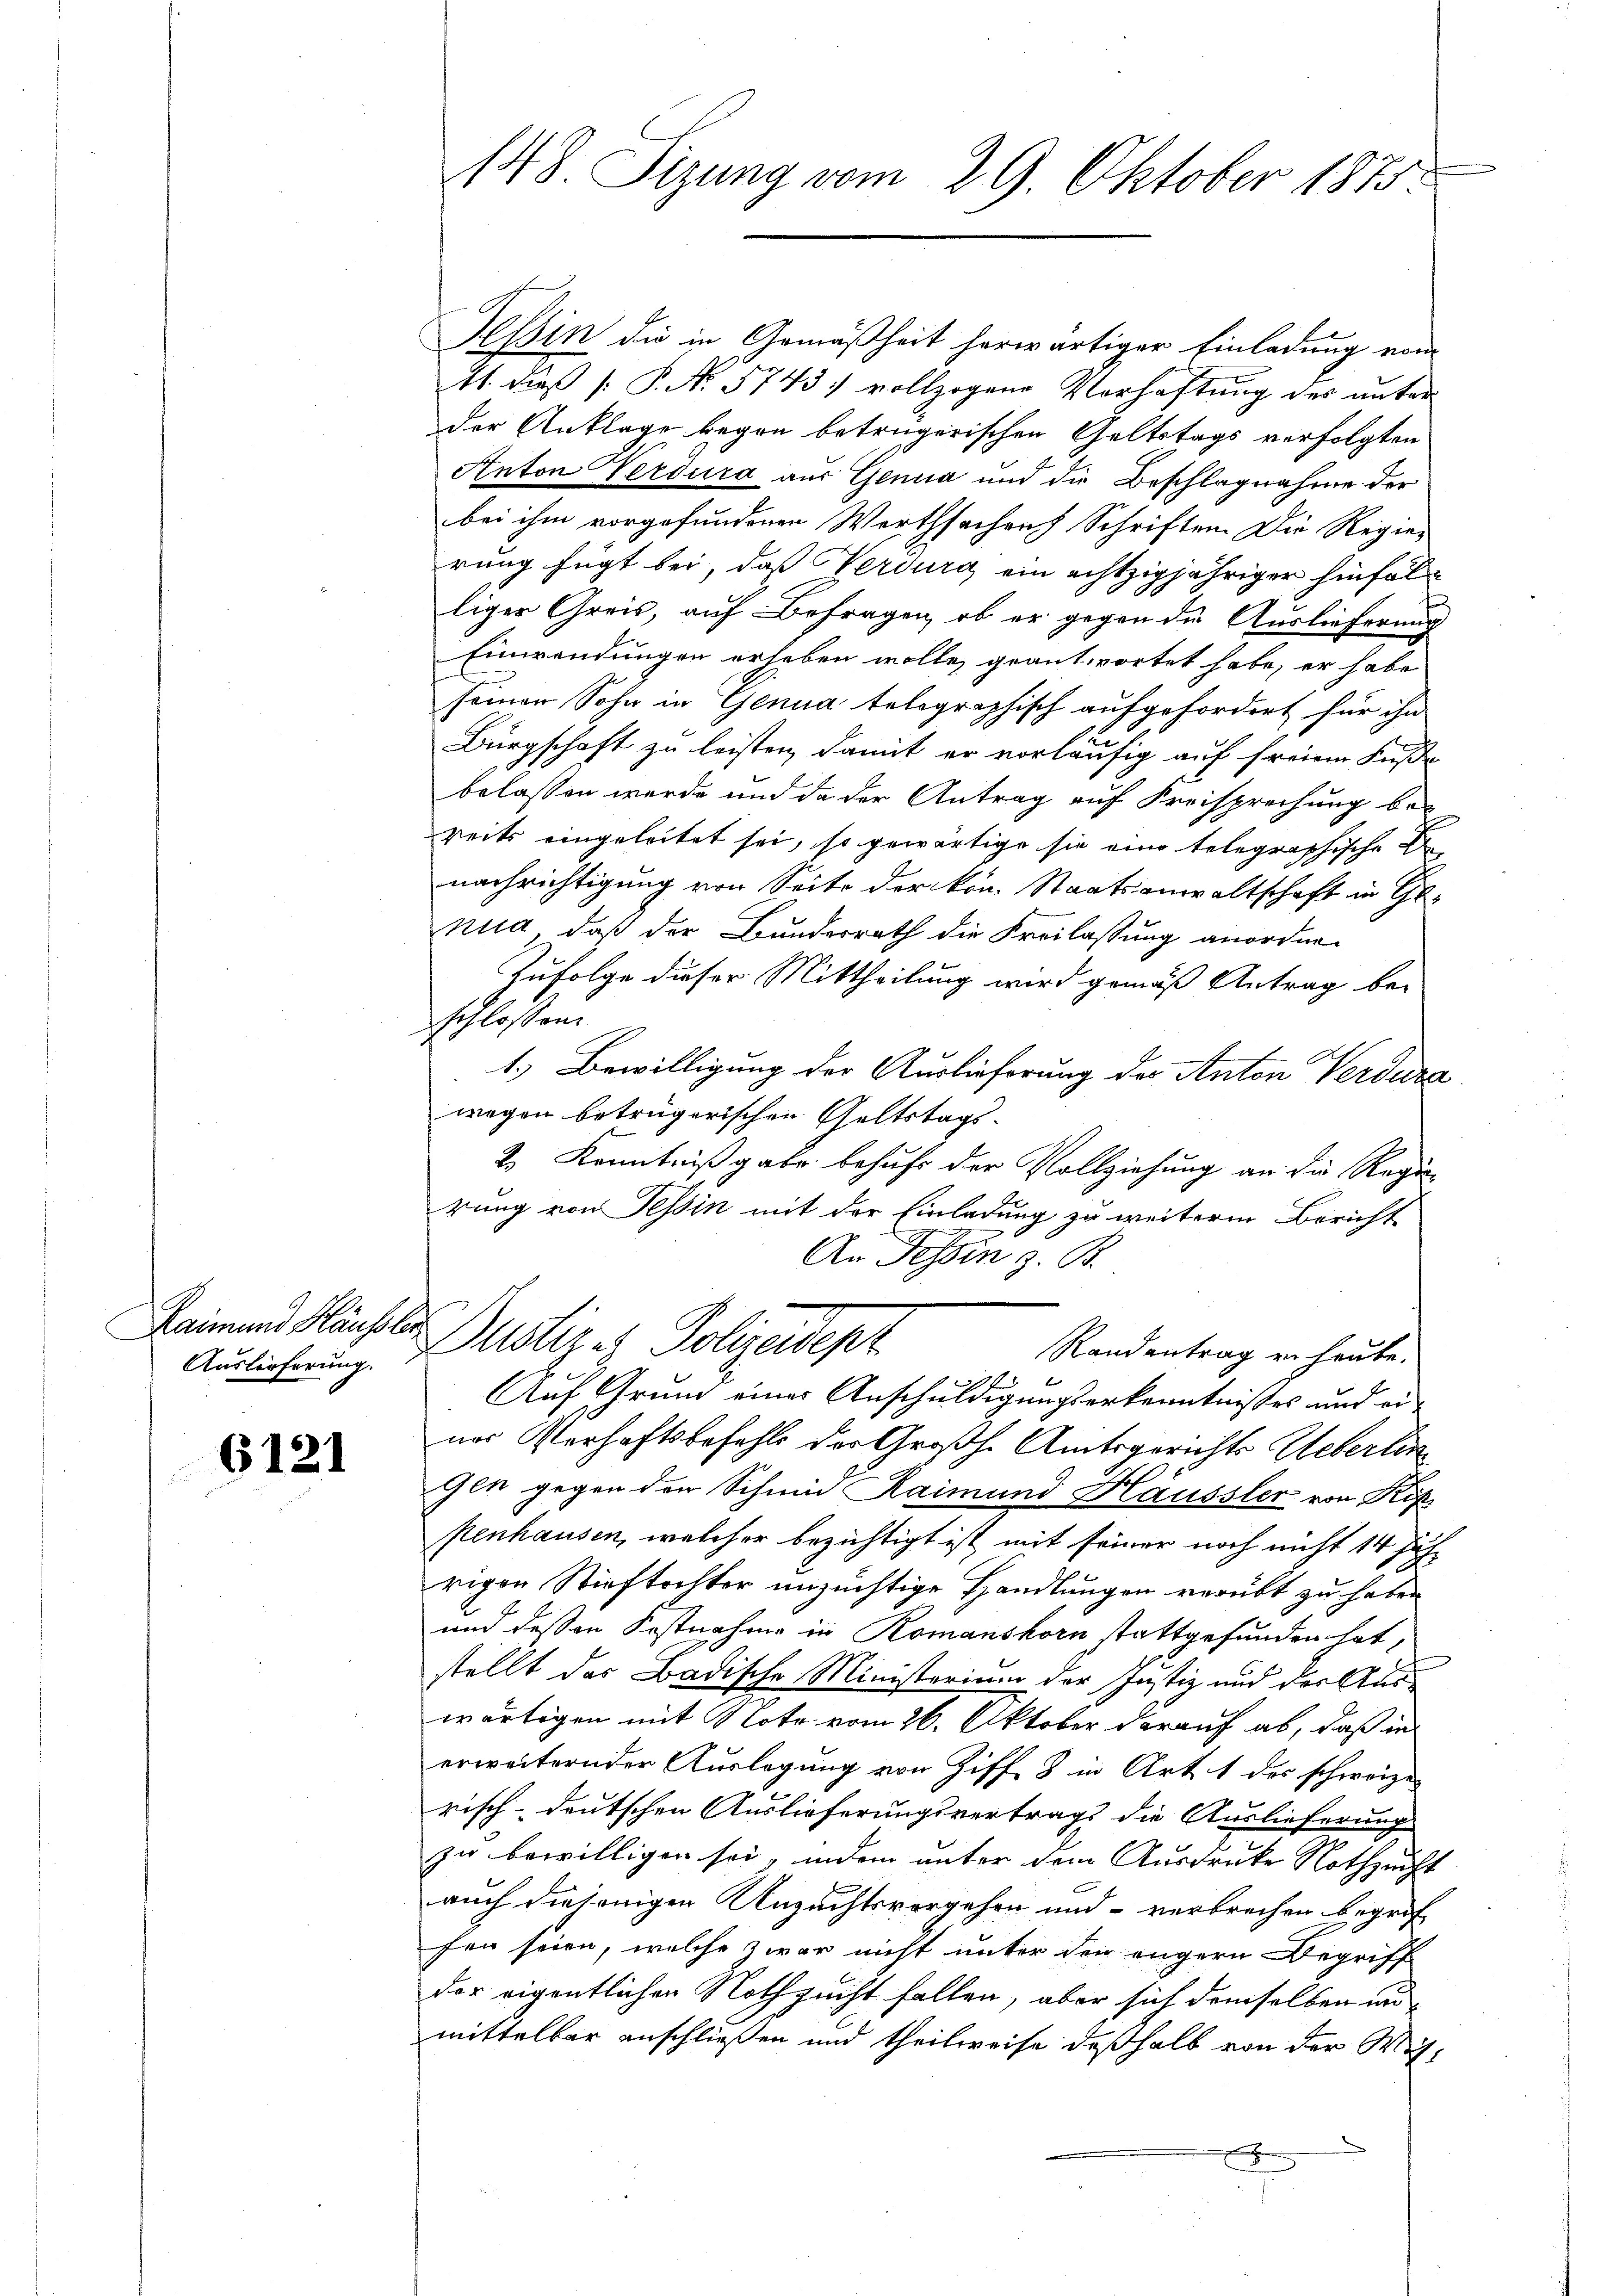
Auslieferung.

6121

t

148. Sizung vom 29. Oktober 1875.

Tessin die in Gemäßheit herwärtiger Einladung vom
41. dieß P. N. 5743) vollzogene Vorhaftung des unter
der Anklage begon betrügerischen Geltstags verfolgten
Anton Verdura aus Genua und die Beschlagnahme der
bei ihm vorgefundenen Worthsachrich Schriften. Die Regier
rung fügt bei, daß Verdurg ein echtzigjähriger hinfol
liger Greis, auf Befragen, ob er gegen die Auslieferung
Einwendungen erheben wolle, geantwortet habe, er habe
seinen Sohn in Genua telegraphisch aufgefordert für ihn
Bürgschaft zu leisten, damit er vorläufig auf freien Fuß
belassen werde und da der Antrag auf Freisprechung be-
reits eingeleitet sei, so gewärtige sie eine telegraphische
nachrichtigung von Seite der kon. Staatsanwaltschaft in Genud, daß der Bundesrath die Freilassung anordnen
Zufolge dieser Mittheilung wird gemäß Antrag be-
schlossen.
1.) Bewilligung der Auslieferung der Anton Verdura
wegen betrügerischen Geltstags¬
2.) Kenntniß gabe behufe der Vollziehung an die Regi
rung von Tessin mit der Einladung zu weiterm Bericht
An Tessin z. B.
keinen Häusler Justiz es Polizeidep
Randantrag er haube.
2
Auf Grund einer Anschuldigungserkenntnisses und einas Verhaftsbefehls der Großh. Amtsgerichts Ueberlin
Gen gegen der Schmid Raimund Häussler von Kif
penhausen, welcher bezichtigt ist mit seiner noch nicht 14 Juh
rigen Stieftochter unzüchtige Handlungen verübt zu haben
und dessen Postnahme in Romanshorn stattgefunden hat,
stellt das Badische Ministerium der Justiz und der Auswärtigen mit Note vom 26. Oktober darauf ab, daß in
erweiternder Auslegung von Ziff. 3 in Art. 1 des schweize
risch-deutschen Auslieferungsvertrags die Auslieferung
zu bewilligen sei, indem unter dem Ausdrucke Nothzucht
auch diejenigen Unzuchtsvergehen und verbrechen begrif
fen seien, welche zwar nicht unter den engern Begriff
der eigentlichen Nothzucht fallen, aber sich demselben un
mittelbar anschließen und theilweise deßhalb von der Wis-